Indian journal of veterinary science and animal husbandry - Volume 5,
Year: 1935
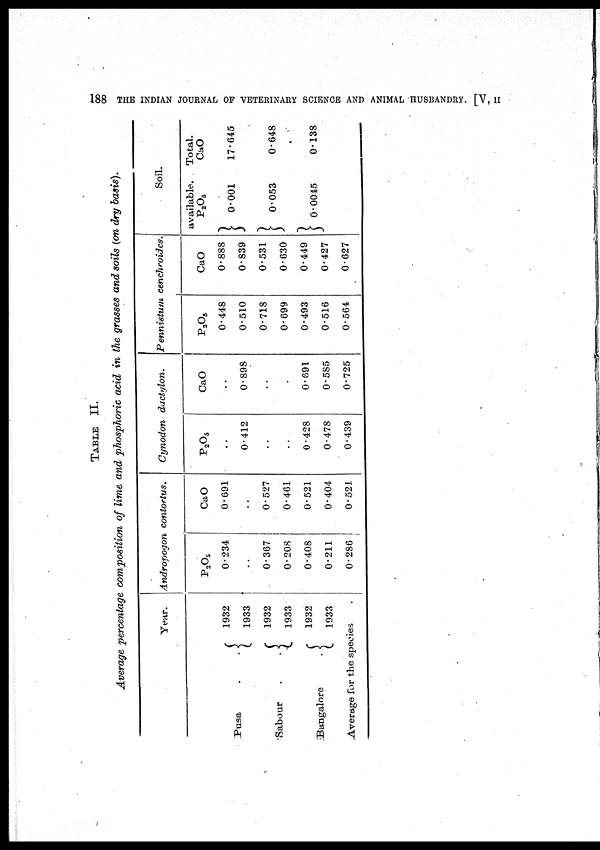
188 THE INDIAN JOURNAL OF VETERINARY SCIENCE AND ANIMAL HUSBANDRY. [V, II
TABLE II.
Average percentage composition of lime and phosphoric acid in the grasses and soils (on dry basis).
Pusa . .
Sabour . .
Bangalore .
Year.
1932
1933
1932
1933
1932
1933
Average for the species
Andropogon
contortus.
P 2 O 5
0.234
. .
0.367
0.208
0.408
0.211
0.286
CaO
0.691
. .
0.527
0.461
0.521
0.404
0.521
Cynodon
dactylon.
P 2 O 5
. .
0.412
. .
. .
0.428
0.478
0.439
CaO
. .
0.898
. .
. .
0.691
0.585
0.725
Pennistum
cenchroides.
P 2 O 5
0.448
0.510
0.718
0.699
0.493
0.516
0.564
CaO
0.888
0.839
0.531
0.630
0.449
0.427
0.627
Soil.
available.
P 2 O 5
0.001
0.053
0.0045
Total.
CaO
17.645
0.648
0.138